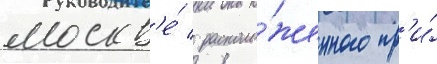
москв'е́ / располо́женного пр'и́